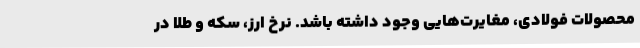
محصولات فولادی، مغایرت‌هایی وجود داشته باشد. نرخ ارز، سکه و طلا در